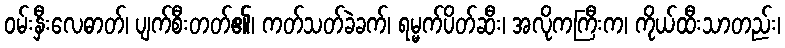
ဝမ်းနှီးလေဓာတ်၊ ပျက်စီးတတ်၏၊ ကတ်သတ်ခဲခက်၊ ရမ္မက်ပိတ်ဆီး၊ အလိုကကြီးက၊ ကိုယ်ထီးသာတည်း၊